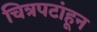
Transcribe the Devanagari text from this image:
चित्रपटांहून